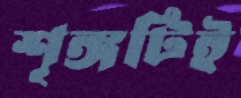
শৃঙ্গটিই